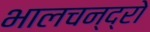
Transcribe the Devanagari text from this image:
भालचन्द्रो